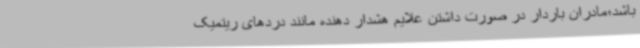
باشد؛مادران باردار در صورت داشتن علایم هشدار دهنده مانند دردهای ریتمیک